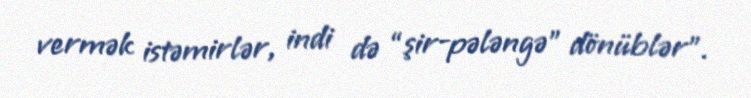
vermək istəmirlər, indi də “şir-pələngə” dönüblər”.